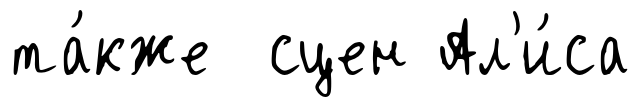
та́кже сцен Ал'и́са